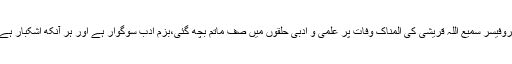
پروفیسر سمیع اللہ قریشی کی المناک وفات پر علمی و ادبی حلقوں میں صف ماتم بچھ گئی،بزم ادب سوگوار ہے اور ہر آنکھ اشکبار ہے۔